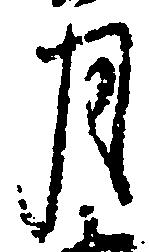
月